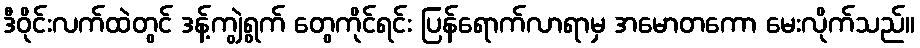
ဒီဝိုင်းလက်ထဲတွင် ဒန့်ကျွဲရွက် တွေကိုင်ရင်း ပြန်ရောက်လာရာမှ အမောတကော မေးလိုက်သည်။